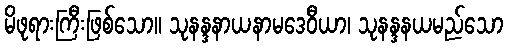
မိဖုရားကြီးဖြစ်သော။ သုနန္ဒနာယနာမဒေဝီယာ၊ သုနန္ဒနယမည်သော